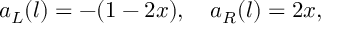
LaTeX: a _ { L } ( l ) = - ( 1 - 2 x ) , \quad a _ { R } ( l ) = 2 x ,